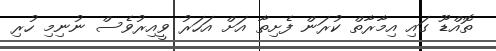
ތޮއްޑޫ ގައި އިމާރާތް ކުރަން ފެށިތާ އަށް އަހަރު ވީއިރުވެސް ނުނިމި ހުރި